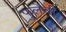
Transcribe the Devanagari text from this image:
फुलेंची